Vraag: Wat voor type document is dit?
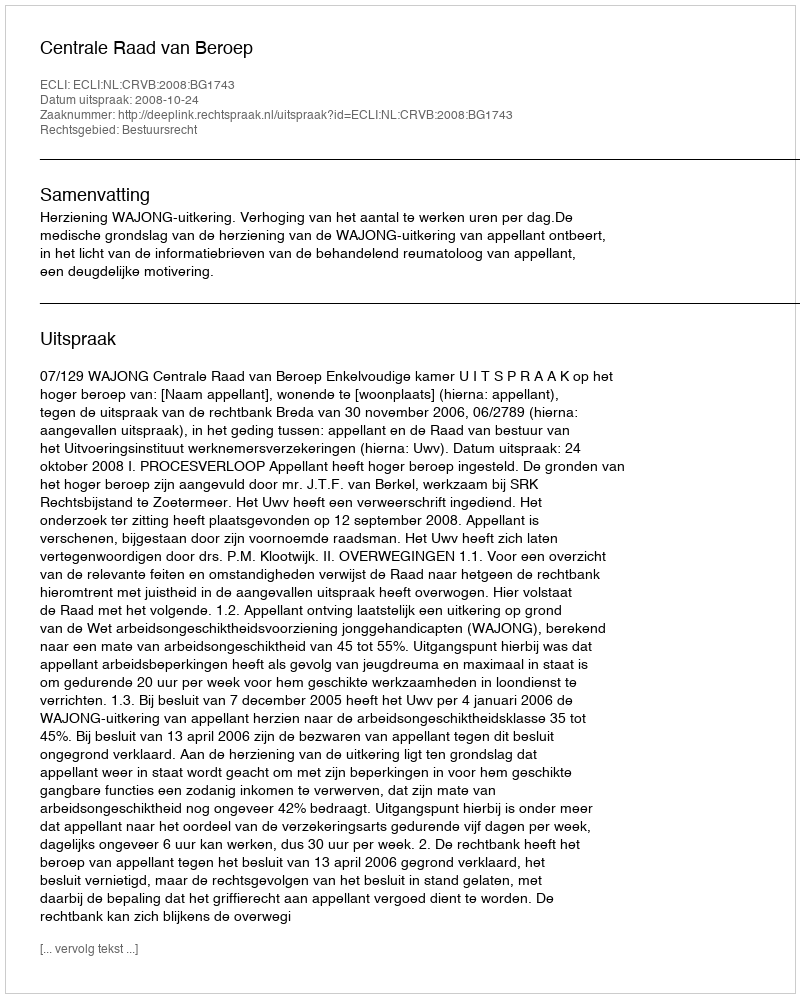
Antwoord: Uitspraak